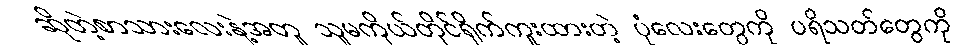
ဆိုတဲ့စာသားလေးနဲ့အတူ သူမကိုယ်တိုင်ရိုက်ကူးထားတဲ့ ပုံလေးတွေကို ပရိသတ်တွေကို